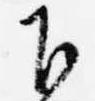
下